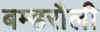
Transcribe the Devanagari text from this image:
बम्हरौली